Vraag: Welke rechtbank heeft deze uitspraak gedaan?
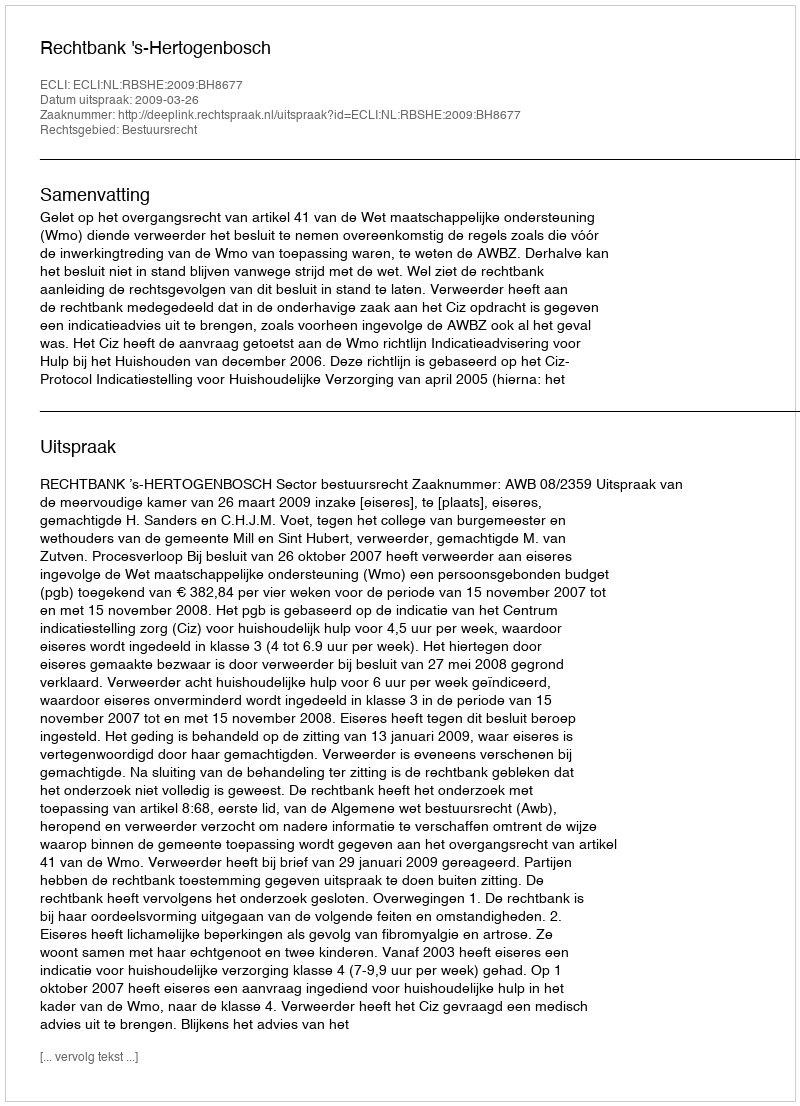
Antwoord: Rechtbank 's-Hertogenbosch